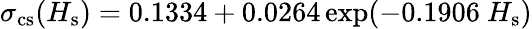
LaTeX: \sigma_{\mathrm{cs}}(H_{\mathrm{s}})=0.1334+0.0264\exp(-0.1906\ H_{\mathrm{s}})